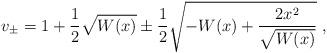
LaTeX: \begin{align*}v_{\pm} = 1 + \frac{1}{2}\sqrt{W(x)} \pm\frac{1}{2}\sqrt{-W(x) +\frac{2x^{2}}{\sqrt{W(x)}}}\;,\end{align*}